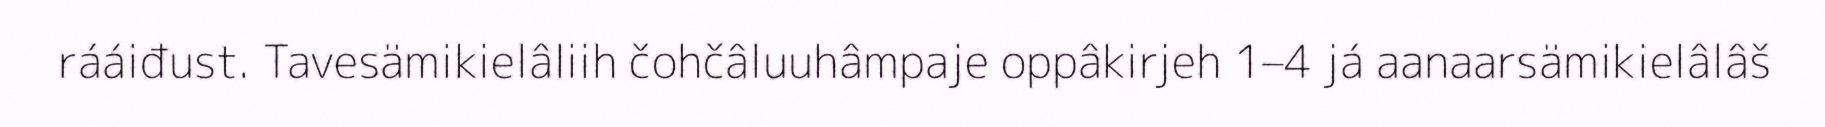
rááiđust. Tavesämikielâliih čohčâluuhâmpaje oppâkirjeh 1–4 já aanaarsämikielâlâš